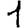
Digit: 1